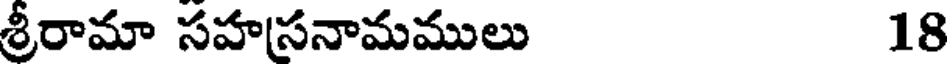
శ్రీరామా సహసనామములు 18